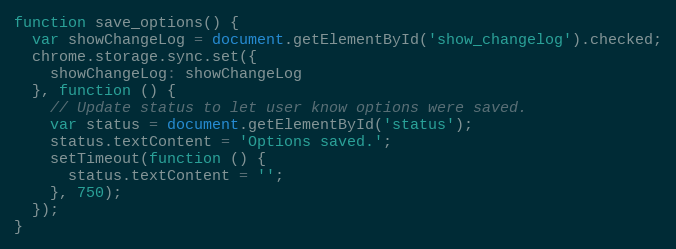
Language: JavaScript
function save_options() {
  var showChangeLog = document.getElementById('show_changelog').checked;
  chrome.storage.sync.set({
    showChangeLog: showChangeLog
  }, function () {
    // Update status to let user know options were saved.
    var status = document.getElementById('status');
    status.textContent = 'Options saved.';
    setTimeout(function () {
      status.textContent = '';
    }, 750);
  });
}